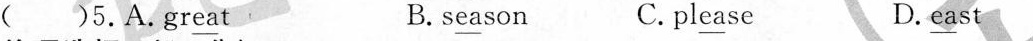
（）5.A.gr\underline{ea}t B.s\underline{ea}son C.pl\underline{ea}se D.\underline{ea}st